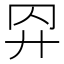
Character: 𢌺